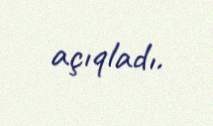
açıqladı.